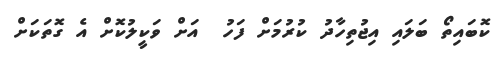
ކޮބައިތޯ ބަލައި އިޖުތިހާދު ކުރުމަށް ފަހު  އަށް ވަކީލުކޮށް އެ ގޮތަކަށް